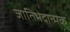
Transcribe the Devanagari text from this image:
जातिभेदात्मक